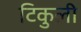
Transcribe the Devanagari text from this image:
टिकुली